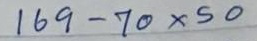
169 - 70x50